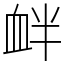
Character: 衅